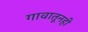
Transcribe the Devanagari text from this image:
गावातूनही